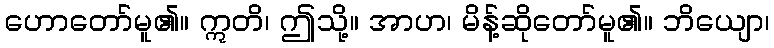
ဟောတော်မူ၏။ ဣတိ၊ ဤသို့။ အာဟ၊ မိန့်ဆိုတော်မူ၏။ ဘိယျော၊